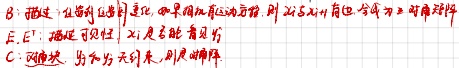
8. 已知\(n\)阶实对称矩阵\(A\), 如果\(A\)相似于对角矩阵, 则\(A\)有\(n\)个线性无关的特征向量.
9. 设\(A\)为\(n\)阶实对称矩阵, 则\(A\)必正交相似于对角矩阵.
10. 设\(A\)为\(n\)阶实对称矩阵, \(\lambda_1,\lambda_2\)是\(A\)的不同特征值, \(\xi_1,\xi_2\)分别是属于\(\lambda_1,\lambda_2\)的特征向量, 则\(\xi_1,\xi_2\)正交.